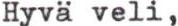
Hyvä veli,